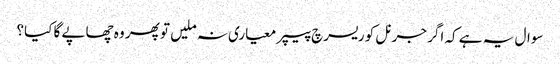
سوال یہ ہے کہ اگر جرنل کو ریسرچ پیپر معیاری نہ ملیں تو پھر وہ چھاپے گا کیا؟